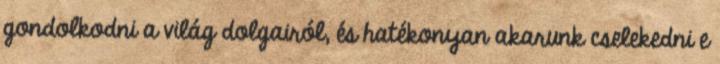
gondolkodni a világ dolgairól, és hatékonyan akarunk cselekedni e